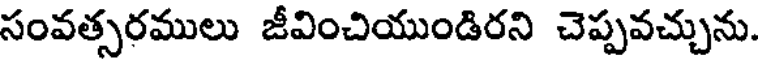
సంవత్సరములు జీవించియుండిరని చెప్పవచ్చును.